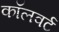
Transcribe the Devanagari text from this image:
कॉलवर्ट